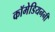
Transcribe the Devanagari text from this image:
कॉमेडियननी